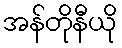
အန်တိုနီယို